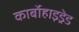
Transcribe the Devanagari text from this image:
कार्बोहाइड्रेड